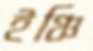
ইঞ্চি